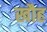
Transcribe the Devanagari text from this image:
खौह